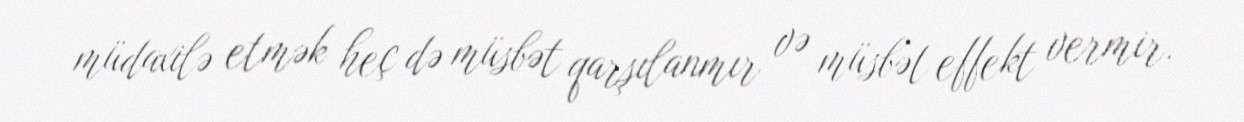
müdaxilə etmək heç də müsbət qarşılanmır və müsbət effekt vermir.